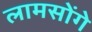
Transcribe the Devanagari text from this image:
लामसोंगे